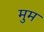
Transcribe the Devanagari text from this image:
मुम